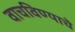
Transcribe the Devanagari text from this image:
वाचविण्याचे